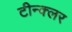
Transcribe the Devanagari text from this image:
टीन्क्लर